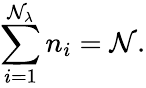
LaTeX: \sum_{i=1}^{\mathcal{N}_{\lambda}}{n_{i}}=\mathcal{N}.